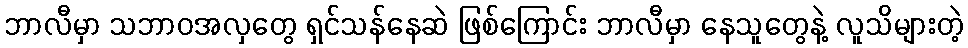
ဘာလီမှာ သဘာဝအလှတွေ ရှင်သန်နေဆဲ ဖြစ်ကြောင်း ဘာလီမှာ နေသူတွေနဲ့ လူသိများတဲ့